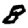
Digit: 8